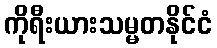
ကိုရီးယားသမ္မတနိုင်ငံ